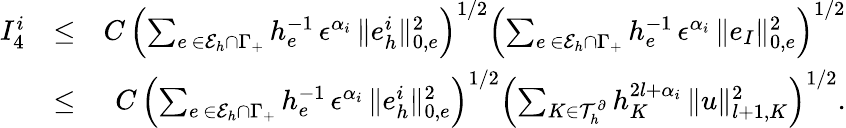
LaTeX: \begin{array}{rlr}{I_{4}^{i}}&{\leq}&{C\, \left(\sum_{e\, \in{\cal E}_{h}\cap\Gamma_{{+}}}h_{e}^{-1}\, \epsilon^{\alpha_{i}}\, \| e_{h}^{i}\| _{0,e}^{2}\right)^{1/2}\left(\sum_{e\, \in{\cal E}_{h}\cap\Gamma_{{+}}}h_{e}^{-1}\, \epsilon^{\alpha_{i}}\, \| e_{I}\| _{0,e}^{2}\right)^{1/2}}\\ &{\leq}&{C\, \left(\sum_{e\, \in{\cal E}_{h}\cap\Gamma_{{+}}}h_{e}^{-1}\, \epsilon^{\alpha_{i}}\, \| e_{h}^{i}\| _{0,e}^{2}\right)^{1/2}\left(\sum_{K\in{\cal T}_{h}^{\partial}}h_{K}^{2l+\alpha_{i}}\, \| u\| _{l+1,K}^{2}\right)^{1/2}.}\end{array}